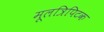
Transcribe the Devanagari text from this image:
मूलत्रिपिटक